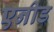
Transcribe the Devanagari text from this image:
एनीड